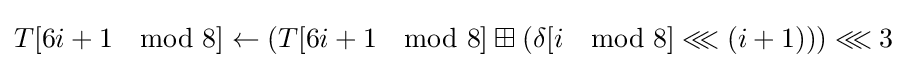
T[6i+1\mod 8]\leftarrow \left(T[6i+1\mod 8]\boxplus \left(\delta [i\mod 8]\lll \left(i+1\right)\right)\right)\lll 3